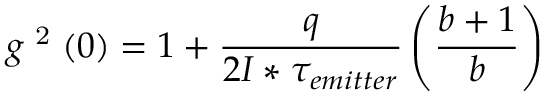
g \textsuperscript { 2 } ( 0 ) = 1 + \frac { q } { 2 I * \tau _ { e m i t t e r } } \left( \frac { b + 1 } { b } \right)